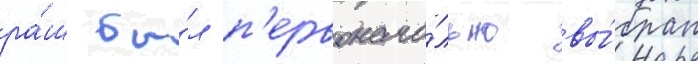
ра́ш бы́л п'ервонача́льно вы́бран